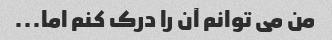
من می توانم آن را درک کنم اما...